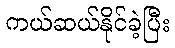
ကယ်ဆယ်နိုင်ခဲ့ပြီး